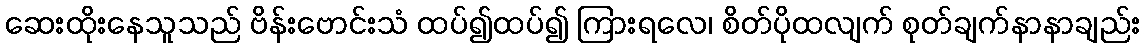
ဆေးထိုးနေသူသည် ဗိန်းဗောင်းသံ ထပ်၍ထပ်၍ ကြားရလေ၊ စိတ်ပိုထလျက် စုတ်ချက်နာနာချည်း